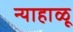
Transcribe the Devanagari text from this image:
न्याहाळू